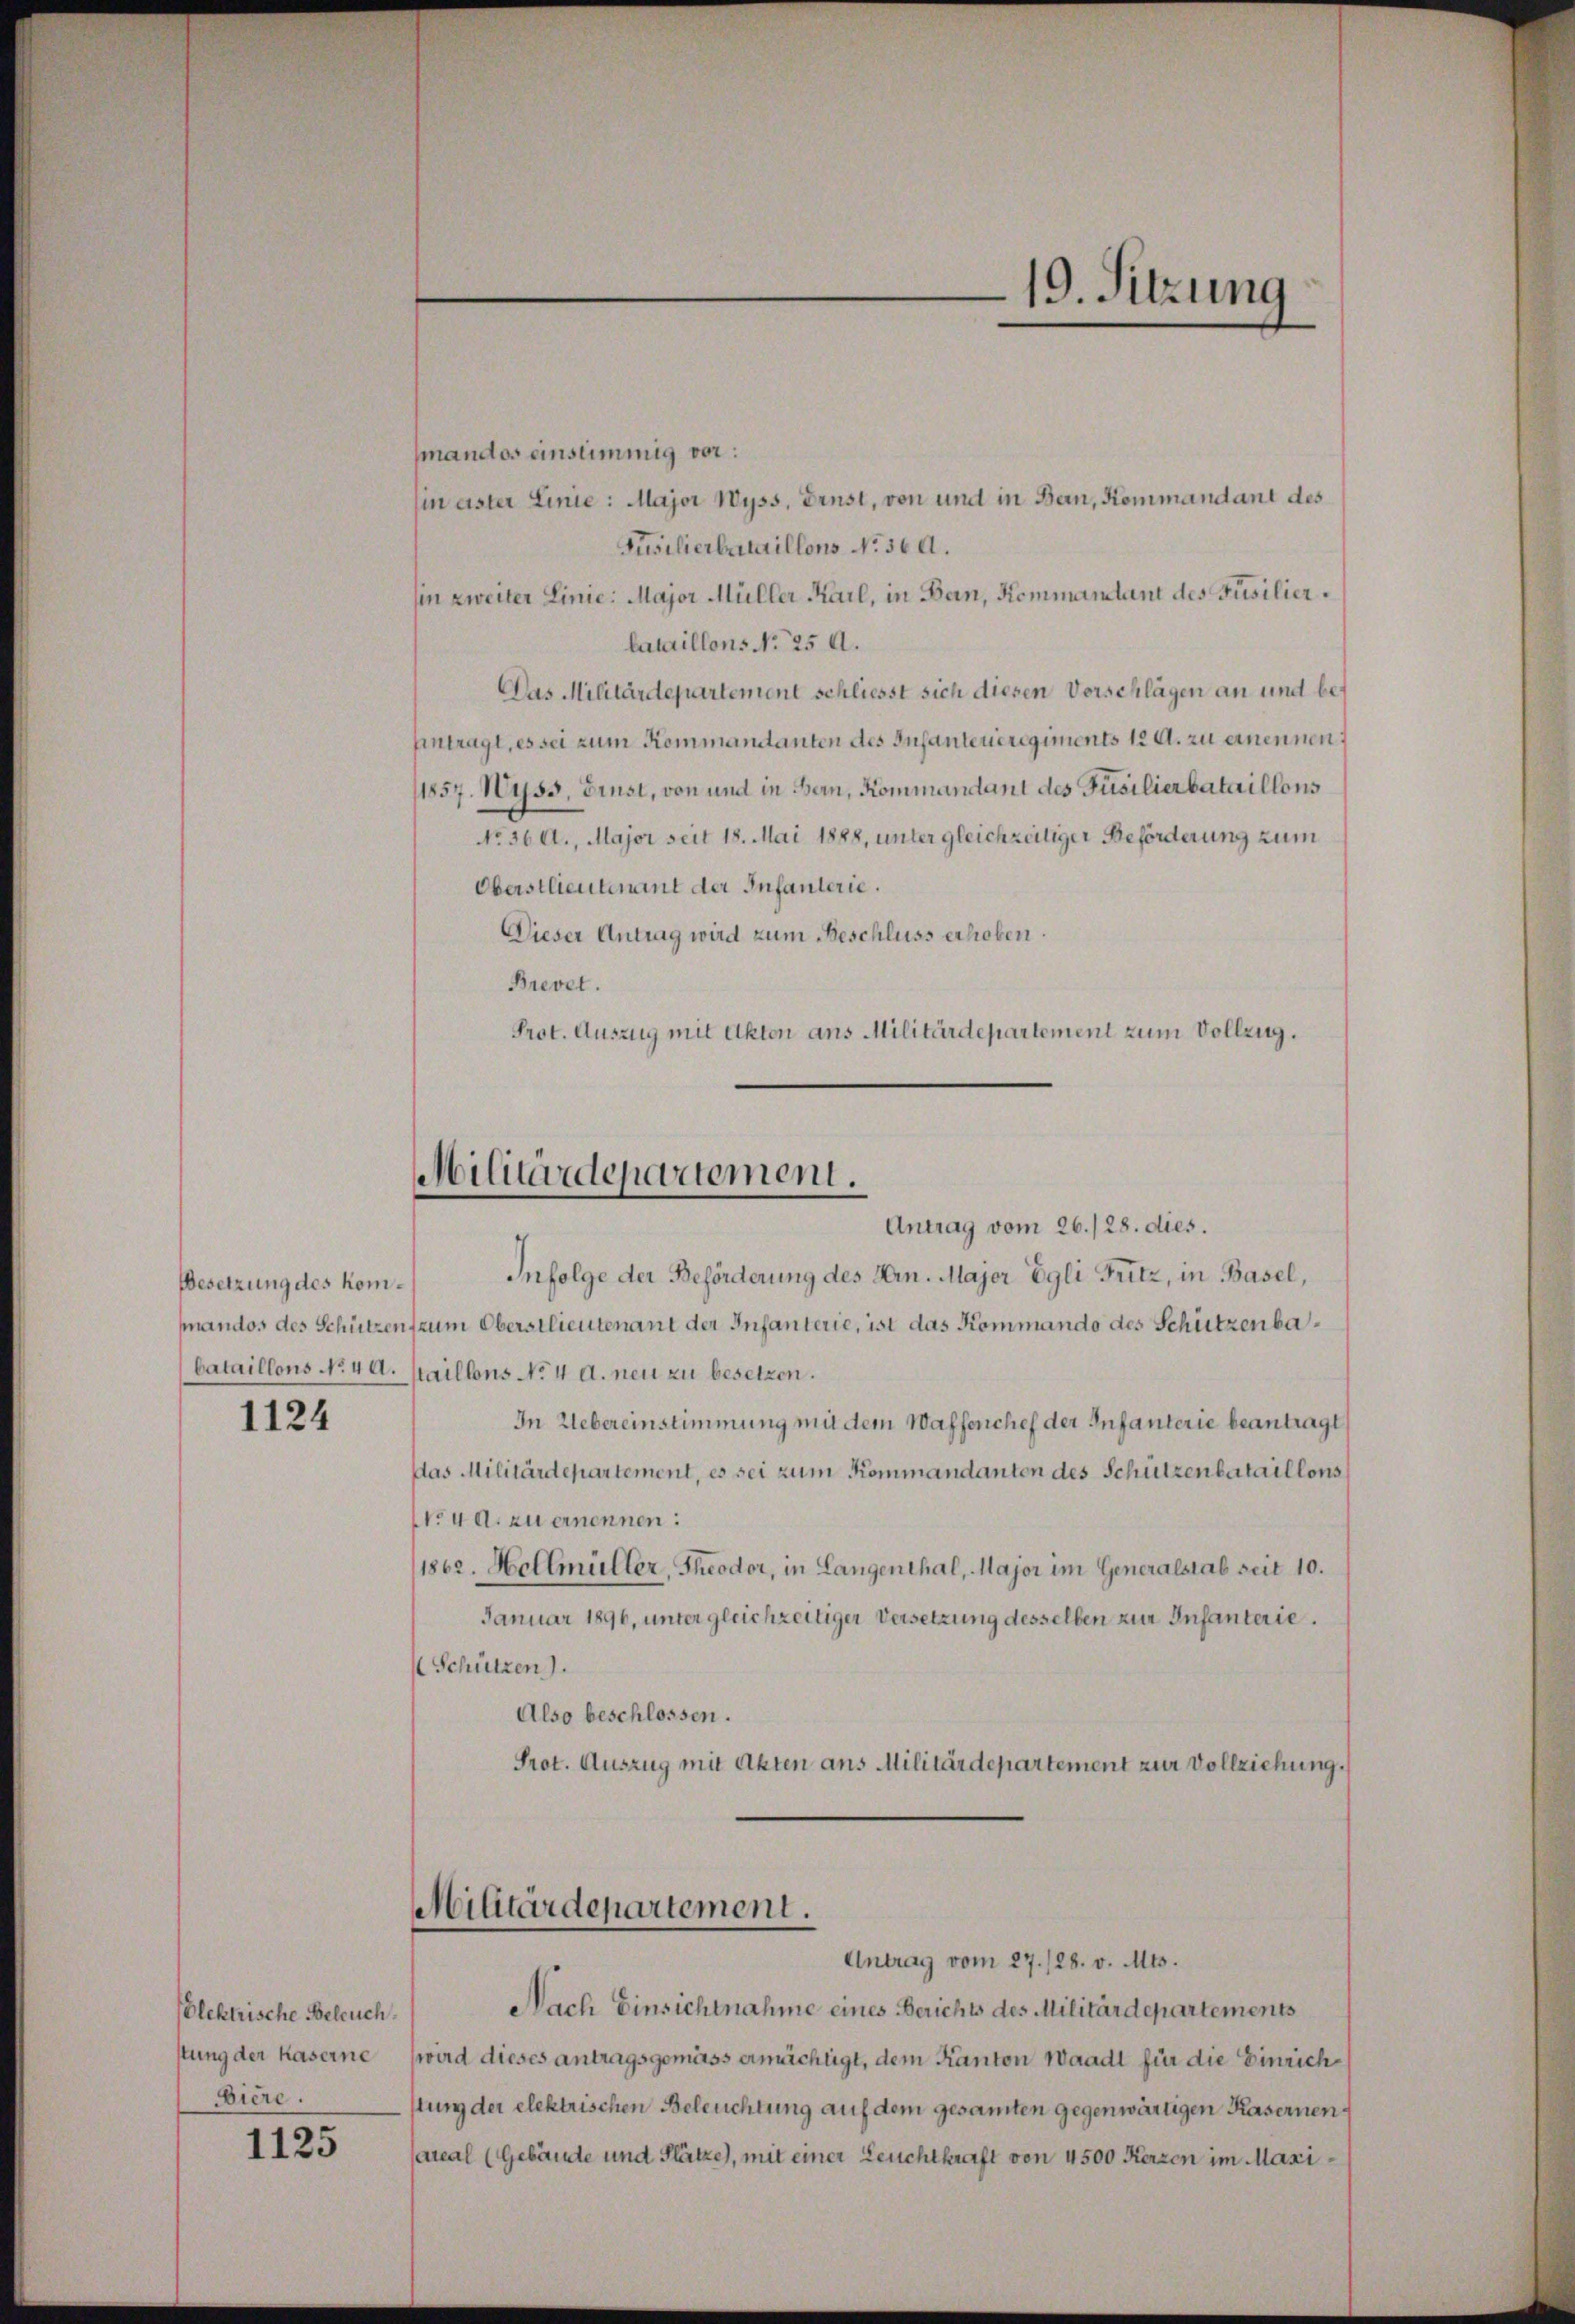
Besetzung des kom¬

1124

Elektrische Beleuchstung der Kaserne
ière.

1125

smandos einstimmig vor:
sin eister Linie: Major Wyss, Ernst, von und in Bern, Kommandant des
Püsilierbataillons No. 560.
hin zweiter Linie: Major Müller Karl, in Ban, Kommandant des Füsilierlataillons No 25 A.
Das Militärdepartement schliesst sich diesen Verschlägen an und be¬
Eintragt, es sei zum Kommandanten des Infanteueregiments 12 A. zu ernennen,
11857. Wyss, Finst, von und in Bern, Kommandant des Füsilierbataillons
No 36 A., Major seit 18. Mai 1888, unter gleichzeitiger Beförderung zum
Oberstlieutenant der Infanterie.
Dieser Antrag wird zum Beschluss erhoben.
Brevet.
Prot. Auszug mit Akten ans Militärdepartement zum Vollzug.

Militärdepartement.
Antrag vom 26./28. dies.

Militärdepartement.

Infolge der Beförderung des Hrn. Majer Egli Fritz, in Basel,
fandos des Schützen zum Obersilieutenant der Infanterie, ist das Kommando des Schützenbabataillons No 40. Maillons No. 4 d. neu zu besetzen.
In Uebereinstimmung mit dem Waffenchef der Infanterie beantragt,
das Militärdepartement, es sei zum Kommandanten des Schützenbataillons
No 40. zu ernennen:
1862. Hottmüller, Theodor, in Langenthal, Major im Generalstab seit 10.
Januar 1896, unter gleichzeitiger Versetzung desselben zur Infanterie.
Schützen).
Also beschlossen.
Prot. Auszug mit Akten ans Militärdepartement zur Vollziehung.

19. Sitzung

Antrag vom 27. 128. v. Mts.

Nach Einsichtnahme eines Berichts des Militärdepartements
wird dieses antragsgemäss ermächtigt, dem Kanton Waadt für die Einrichslung der elektrischen Beleuchtung auf dem gesamten gegenwärtigen Kasernenareal (Gebäude und Plätze), mit einer Leuchtkraft von 4500 Kerzen im Maxi¬